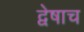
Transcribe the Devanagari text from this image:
द्वेषाच